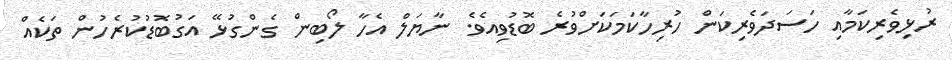
ރުޅިވެރިކަމާއި ހަސަދަވެރިކަން ހުރިހާކަމަކަށްވުރެ ބޮޑުވިއެވެ. ނާޔަލް އެހާ ލޯބިން ގެންގުޅޭ އަގުބޮޑުކުރެހުން ތަކެއް